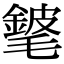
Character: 𨪅